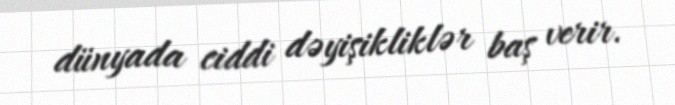
dünyada ciddi dəyişikliklər baş verir.